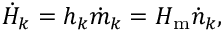
{ \dot { H } } _ { k } = h _ { k } { \dot { m } } _ { k } = H _ { \mathrm { m } } { \dot { n } } _ { k } ,